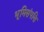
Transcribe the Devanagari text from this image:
भूमिसंपत्ति